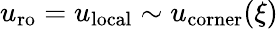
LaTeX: u_{\mathrm{ro}}=u_{\mathrm{local}}\sim u_{\mathrm{corner}}(\xi)